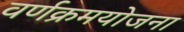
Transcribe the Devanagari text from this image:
वर्णक्रमयोजना